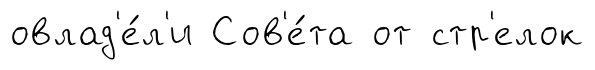
овлад'е́л'и Сов'е́та от стр'елок